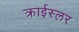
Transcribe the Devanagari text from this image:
क्राईस्लर